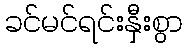
ခင်မင်ရင်းနှီးစွာ